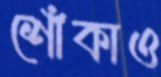
শোঁকাও